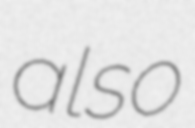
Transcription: also